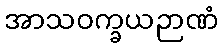
အာသဝက္ခယဉာဏံ